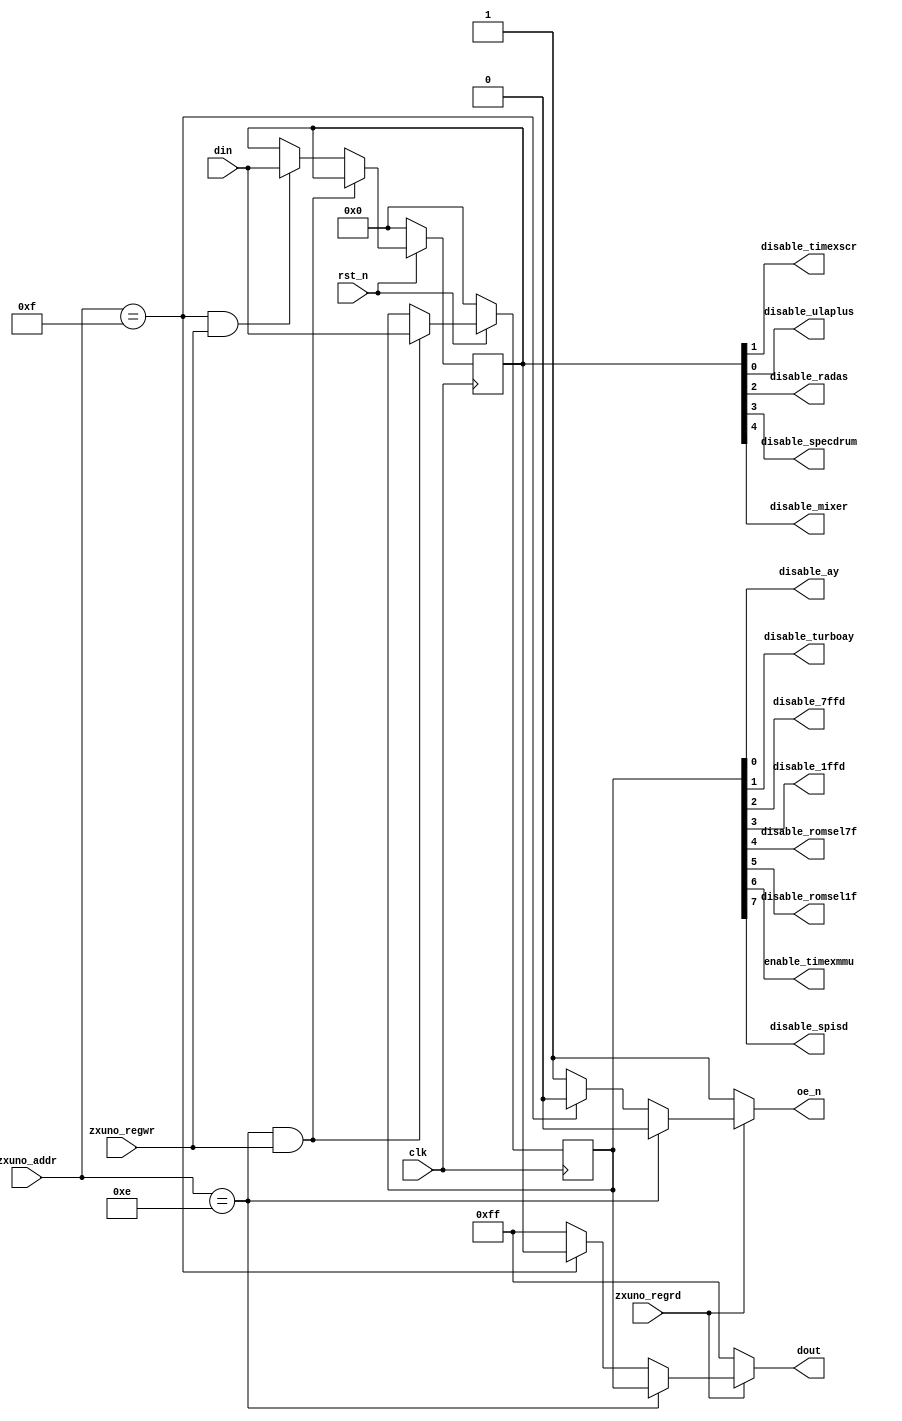
`timescale 1ns / 1ps
`default_nettype none

//////////////////////////////////////////////////////////////////////////////////
// Company: 
// Engineer: 
// 
// Design Name: 
// Module Name:    control_enable_options 
// Project Name: 
// Target Devices: 
// Tool versions: 
// Description: 
//
// Dependencies: 
//
// Revision: 
// Revision 0.01 - File Created
// Additional Comments: 
//
//////////////////////////////////////////////////////////////////////////////////
module control_enable_options(
    input wire clk,
    input wire rst_n,
    input wire [7:0] zxuno_addr,
    input wire zxuno_regrd,
    input wire zxuno_regwr,
    input wire [7:0] din,
    output reg [7:0] dout,
    output reg oe_n,
    output wire disable_ay,
    output wire disable_turboay,
    output wire disable_7ffd,
    output wire disable_1ffd,
    output wire disable_romsel7f,
    output wire disable_romsel1f,
    output wire enable_timexmmu,
    output wire disable_spisd,
    output wire disable_timexscr,
    output wire disable_ulaplus,
    output wire disable_radas,
    output wire disable_specdrum,
    output wire disable_mixer
    );

    parameter DEVOPTIONS = 8'h0E;
    parameter DEVOPTS2   = 8'h0F;
    
    reg [7:0] devoptions = 8'h00;  // initial value
    reg [7:0] devopts2 = 8'h00;    // initial value
    assign disable_ay = devoptions[0];
    assign disable_turboay = devoptions[1];
    assign disable_7ffd = devoptions[2];
    assign disable_1ffd = devoptions[3];
    assign disable_romsel7f = devoptions[4];
    assign disable_romsel1f = devoptions[5];
    assign enable_timexmmu = devoptions[6];
    assign disable_spisd = devoptions[7];
    assign disable_ulaplus = devopts2[0];
    assign disable_timexscr = devopts2[1];
    assign disable_radas = devopts2[2];
    assign disable_specdrum = devopts2[3];
    assign disable_mixer = devopts2[4];
    
    always @(posedge clk) begin
        if (rst_n == 1'b0) begin
            devoptions <= 8'h00;  // or after a hardware reset (not implemented yet)
            devopts2 <= 8'h00;
        end
        else if (zxuno_addr == DEVOPTIONS && zxuno_regwr == 1'b1)
            devoptions <= din;
        else if (zxuno_addr == DEVOPTS2 && zxuno_regwr == 1'b1)
            devopts2 <= din;
    end
    
    always @* begin
        oe_n = 1'b1;
        dout = 8'hFF;
        if (zxuno_regrd == 1'b1)            
            if (zxuno_addr == DEVOPTIONS) begin
                oe_n = 1'b0;
                dout = devoptions;
            end
            else if (zxuno_addr == DEVOPTS2) begin
                oe_n = 1'b0;
                dout = devopts2;
            end
        end
endmodule